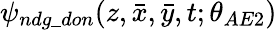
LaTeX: \psi_{ndg\_ don}(z,\bar{x},\bar{y},t;\theta_{AE2})